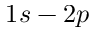
1 s - 2 p